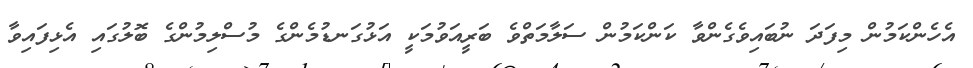
އެހެންކަމުން މިފަދަ ނުބައިވެގެންވާ ކަންކަމުން ސަލާމަތްވެ ބަރީއަވުމަކީ އަޅުގަނޑުމެންގެ މުސްލިމުންގެ ބޮލުގައި އެޅިފައިވާ